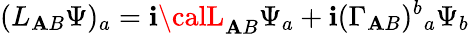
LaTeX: (L_{\mathbf{A}B}\Psi)_{a}=\mathbf{i}{\calL}_{\mathbf{A}B}\Psi_{a}+\mathbf{i}(\Gamma_{\mathbf{A}B})^{b}{}_{a}\Psi_{b}